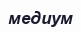
медиум